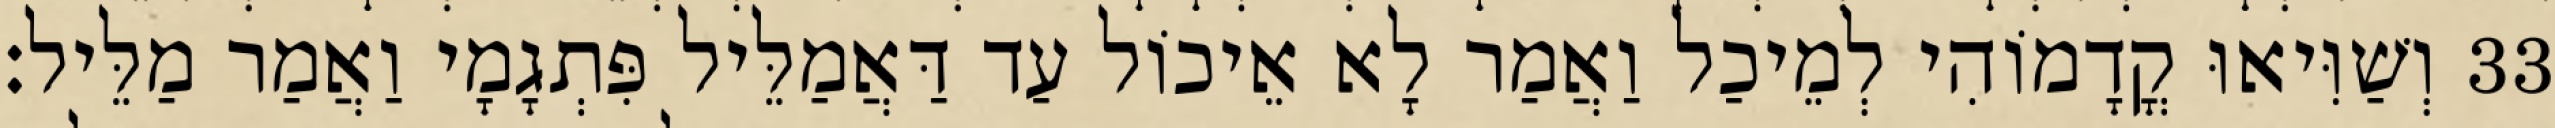
33 וְשַׁוִּיאוּ קֳדָמוֹהִי לְמֵיכַל וַאֲמַר לָא אֵיכוֹל עַד דַּאֲמַלֵּיל פִּתְגָמָי וַאֲמַר מַלֵּיל׃